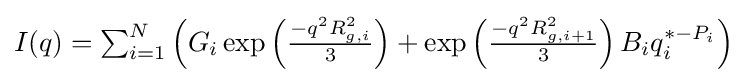
I(q)=\textstyle \sum _{i=1}^{N}\left(G_{i}\exp \left({\frac {-q^{2}R_{g,i}^{2}}{3}}\right)+\exp \left({\frac {-q^{2}R_{g,i+1}^{2}}{3}}\right)B_{i}q_{i}^{*-P_{i}}\right)\displaystyle